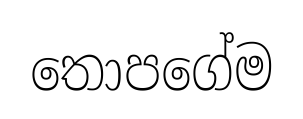
තොපගේම